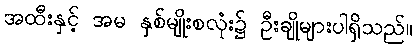
အထီးနှင့် အမ နှစ်မျိုးစလုံး၌ ဦးချိုများပါရှိသည်။